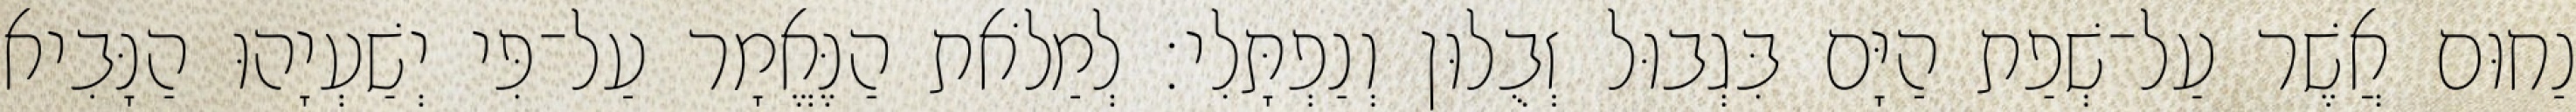
נַחוּם אֲשֶׁר עַל־שְׁפַת הַיָּם בִּגְבוּל זְבֻלוּן וְנַפְתָּלִי׃ לְמַלֹאת הַנֶּאֱמָר עַל־פִּי יְשַׁעְיָהוּ הַנָּבִיא